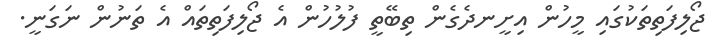
ޖޯލިފަތިތަކުގައި މީހުން އިށީނދެގެން ތިބޭތީ ފުލުހުން އެ ޖޯލިފަތިތައް އެ ތަނުން ނަގަނީ.